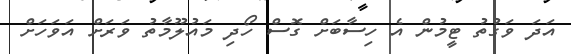
އަދަ ވަގުތު ޓީމުން އެ ހިސާބަށް ގޮސް ހޯދި މައުލޫމާތު ވަރަށް އަވަހަށް